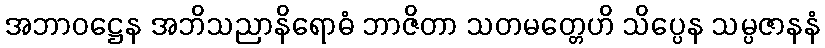
အဘာဝဋ္ဌေန အဘိသညာနိရောဓံ ဘာဇိတာ သတမတ္တေဟိ သိပ္ပေန သမ္ပဇာနနံ